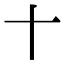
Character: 𬂛